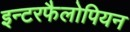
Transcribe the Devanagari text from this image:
इन्टरफैलोपियन